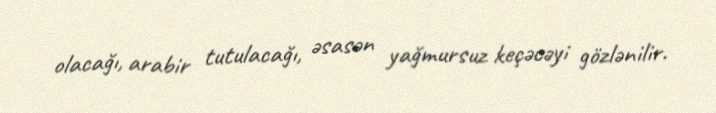
olacağı, arabir tutulacağı, əsasən yağmursuz keçəcəyi gözlənilir.